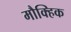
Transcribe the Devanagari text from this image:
मौक्हिक